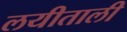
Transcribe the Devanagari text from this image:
लयीताली